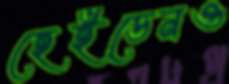
হেইডেনও